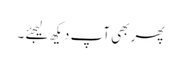
پھر بھی آپ دیکھ لیجئے ۔